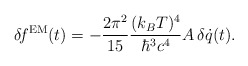
\begin{align*}\delta\!f^{\rm EM}(t) = - {2\pi^2\over 15} {(k_B T)^4\over \hbar^3 c^4} A \,\delta \dot{q}(t).\end{align*}